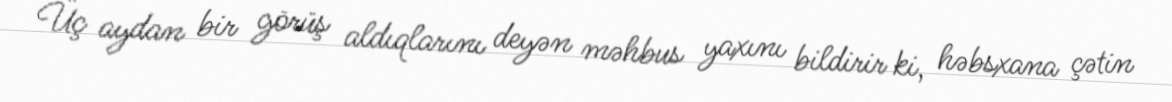
Üç aydan bir görüş aldıqlarını deyən məhbus yaxını bildirir ki, həbsxana çətin